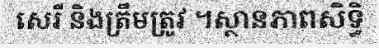
សេរី និងត្រឹមត្រូវ ។ស្ថានភាពសិទ្ធិ